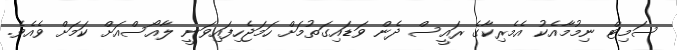
ސަމިޓް ނިމުމާއެކު އެމެރިކާގެ ރައީސް ދެން ވަޑައިގަތުމަށް ހަމަޖެހިފައިވަނީ ލާއޯސްއަށް ކަމަށް ވެއެވެ.